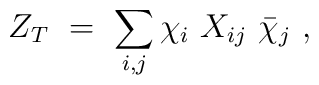
Z_T \ = \ \sum_{i,j} \chi_i \  X_{i j} \ \bar \chi_j \ ,